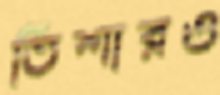
তিশারও